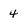
Character: 4